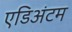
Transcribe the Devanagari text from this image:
एडिअंटम